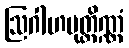
ဩဂါဟမုတ္တိဏ္ဏံ